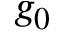
g _ { 0 }